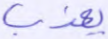
يعذب